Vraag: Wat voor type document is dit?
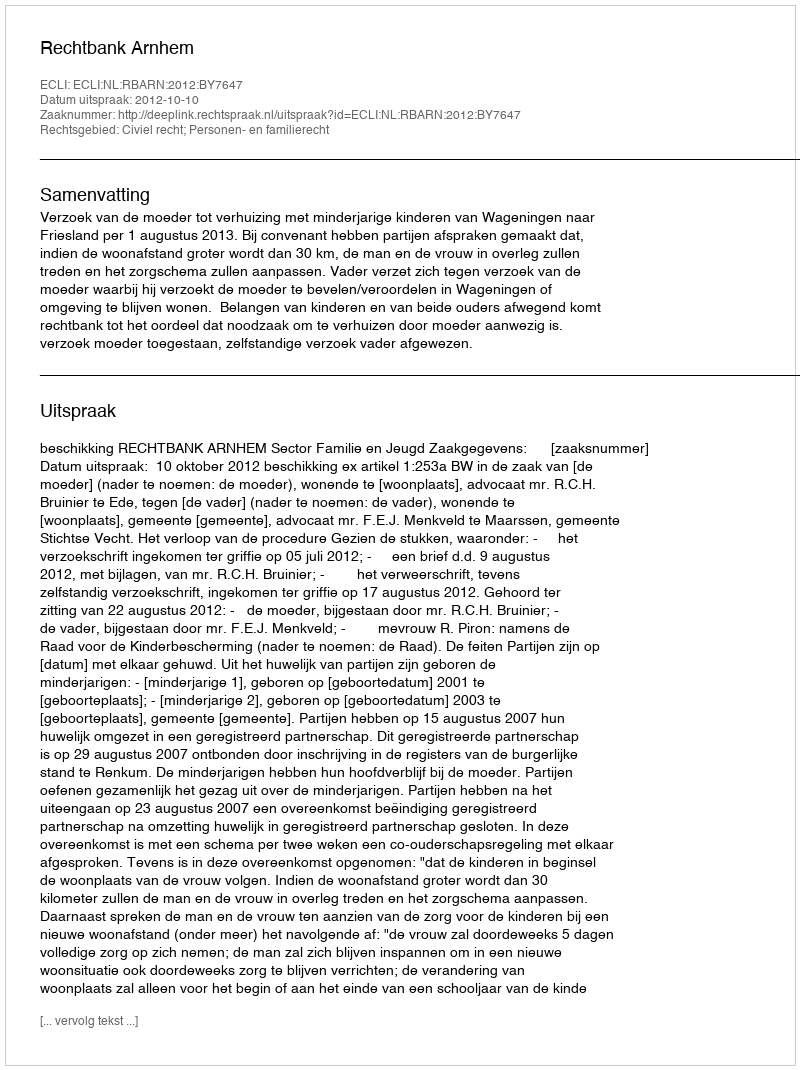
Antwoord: Uitspraak